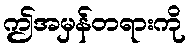
ဤအမှန်တရားကို